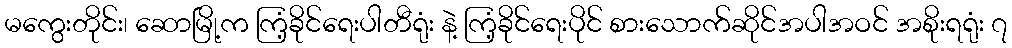
မကွေးတိုင်း၊ ဆောမြို့က ကြံ့ခိုင်ရေးပါတီရုံး နဲ့ ကြံ့ခိုင်ရေးပိုင် စားသောက်ဆိုင်အပါအဝင် အစိုးရရုံး ၇